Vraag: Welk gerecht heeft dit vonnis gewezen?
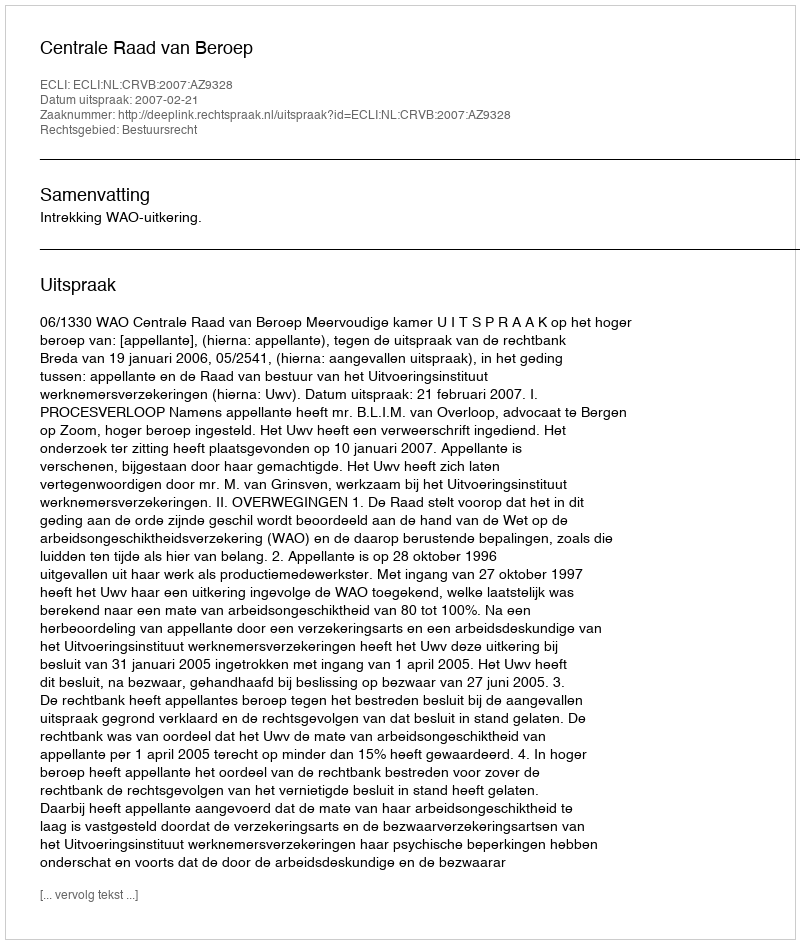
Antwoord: Centrale Raad van Beroep